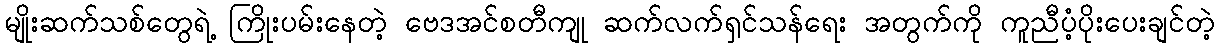
မျိုးဆက်သစ်တွေရဲ့ ကြိုးပမ်းနေတဲ့ ဗေဒအင်စတီကျု ဆက်လက်ရှင်သန်ရေး အတွက်ကို ကူညီပံ့ပိုးပေးချင်တဲ့